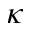
\kappa